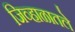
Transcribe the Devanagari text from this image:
जिव्हाळातले